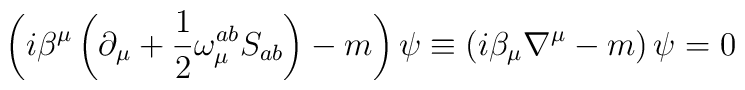
\left( i\beta ^{\mu }\left( \partial _{\mu }+\frac{1}{2}\omega _{\mu}^{ab}S_{ab}\right) -m\right) \psi \equiv \left( i\beta _{\mu }\nabla ^{\mu}-m\right) \psi =0